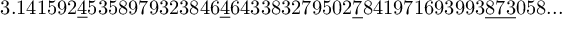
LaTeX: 3 . 1 4 1 5 9 2 { \underline { { 4 } } } 5 3 5 8 9 7 9 3 2 3 8 4 6 { \underline { { 4 } } } 6 4 3 3 8 3 2 7 9 5 0 2 { \underline { { 7 } } } 8 4 1 9 7 1 6 9 3 9 9 3 { \underline { { 8 7 3 } } } 0 5 8 . . .